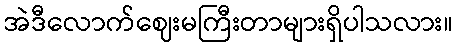
အဲဒီလောက်ဈေးမကြီးတာများရှိပါသလား။